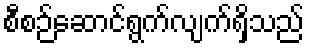
စီစဉ်ဆောင်ရွက်လျက်ရှိသည်